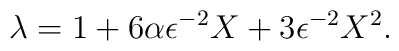
\lambda = 1+6\alpha\epsilon^{-2}X+3\epsilon^{-2}X^2.